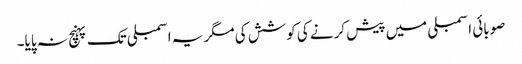
صوبائی اسمبلی میں پیش کرنے کی کوشش کی مگر یہ اسمبلی تک پہنچ نہ پایا۔